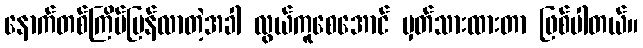
နောက်တစ်ကြိမ်ပြန်လာတဲ့အခါ လွယ်ကူစေအောင် မှတ်သားထားတာ ဖြစ်ပါတယ်။